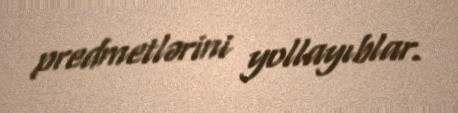
predmetlərini yollayıblar.